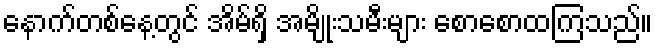
နောက်တစ်နေ့တွင် အိမ်ရှိ အမျိုးသမီးများ စောစောထကြသည်။